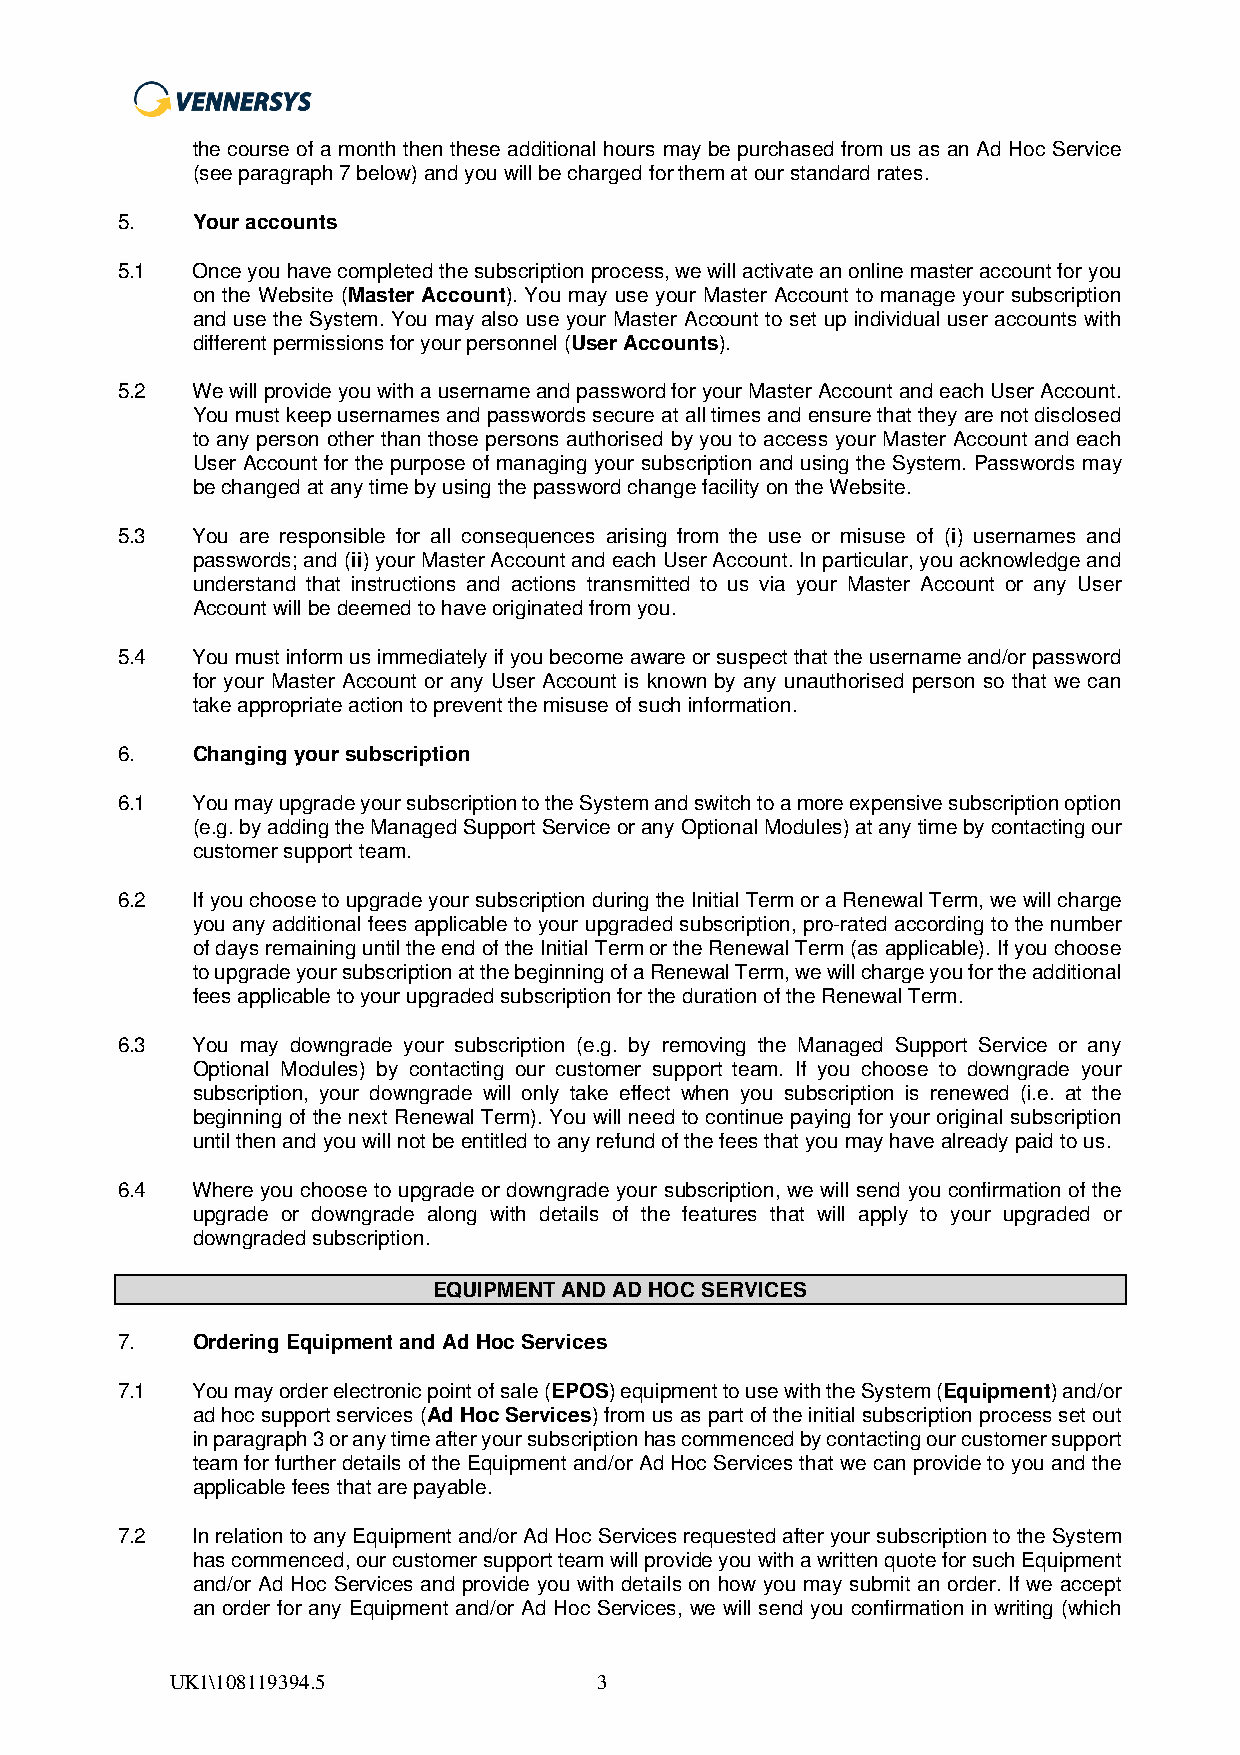
the course of a month then these additional hours may be purchased from us as an Ad Hoc Service
 (see paragraph 7 below) and you will be charged for them at our standard rates.
 5.   Your accounts
 5.1  Once you have completed the subscription process, we will activate an online master account for you
 on the Website (Master Account). You may use your Master Account to manage your subscription
 and use the System. You may also use your Master Account to set up individual user accounts with
 different permissions for your personnel (User Accounts).
 5.2  We will provide you with a username and password for your Master Account and each User Account.
 You must keep usernames and passwords secure at all times and ensure that they are not disclosed
 to any person other than those persons authorised by you to access your Master Account and each
 User Account for the purpose of managing your subscription and using the System. Passwords may
 be changed at any time by using the password change facility on the Website.
 5.3  You are responsible for all consequences arising from the use or misuse of (i) usernames and
 passwords; and (ii) your Master Account and each User Account. In particular, you acknowledge and
 understand that instructions and actions transmitted to us via your Master Account or any User
 Account will be deemed to have originated from you.
 5.4  You must inform us immediately if you become aware or suspect that the username and/or password
 for your Master Account or any User Account is known by any unauthorised person so that we can
 take appropriate action to prevent the misuse of such information.
 6.   Changing your subscription
 6.1  You may upgrade your subscription to the System and switch to a more expensive subscription option
 (e.g. by adding the Managed Support Service or any Optional Modules) at any time by contacting our
 customer support team.
 6.2  If you choose to upgrade your subscription during the Initial Term or a Renewal Term, we will charge
 you any additional fees applicable to your upgraded subscription, pro-rated according to the number
 of days remaining until the end of the Initial Term or the Renewal Term (as applicable). If you choose
 to upgrade your subscription at the beginning of a Renewal Term, we will charge you for the additional
 fees applicable to your upgraded subscription for the duration of the Renewal Term.
 6.3  You may downgrade your subscription (e.g. by removing the Managed Support Service or any
 Optional Modules) by contacting our customer support team. If you choose to downgrade your
 subscription, your downgrade will only take effect when you subscription is renewed (i.e. at the
 beginning of the next Renewal Term). You will need to continue paying for your original subscription
 until then and you will not be entitled to any refund of the fees that you may have already paid to us.
 6.4  Where you choose to upgrade or downgrade your subscription, we will send you confirmation of the
 upgrade or downgrade along with details of the features that will apply to your upgraded or
 downgraded subscription.
 EQUIPMENT AND AD HOC SERVICES
 7.   Ordering Equipment and Ad Hoc Services
 7.1  You may order electronic point of sale (EPOS) equipment to use with the System (Equipment) and/or
 ad hoc support services (Ad Hoc Services) from us as part of the initial subscription process set out
 in paragraph 3 or any time after your subscription has commenced by contacting our customer support
 team for further details of the Equipment and/or Ad Hoc Services that we can provide to you and the
 applicable fees that are payable.
 7.2  In relation to any Equipment and/or Ad Hoc Services requested after your subscription to the System
 has commenced, our customer support team will provide you with a written quote for such Equipment
 and/or Ad Hoc Services and provide you with details on how you may submit an order. If we accept
 an order for any Equipment and/or Ad Hoc Services, we will send you confirmation in writing (which
 UK1\108119394.5              3